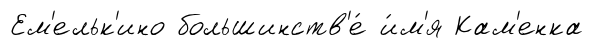
Ем'ельк'ино большинств'е́ и́м'я Кам'енка